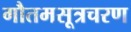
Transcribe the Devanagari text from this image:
गौतमसूत्रचरण